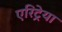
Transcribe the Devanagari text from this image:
एरिट्रेया